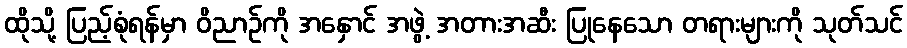
ထိုသို့ ပြည့်စုံရန်မှာ ဝိညာဉ်ကို အနှောင် အဖွဲ့ အတားအဆီး ပြုနေသော တရားများကို သုတ်သင်